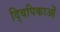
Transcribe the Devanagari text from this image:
द्विपिकाओं